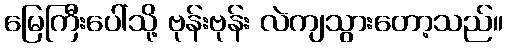
မြေကြီးပေါ်သို့ ဗုန်းဗုန်း လဲကျသွားတော့သည်။